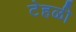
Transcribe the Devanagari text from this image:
टेहळी